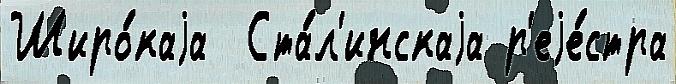
Широ́каjа  Ста́л'инскаjа р'еjе́стра